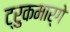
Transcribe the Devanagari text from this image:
ट्रुकमार्गे